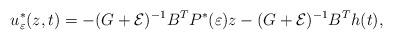
LaTeX: \begin{align*} u^{*}_{\varepsilon}(z,t) = -(G+\mathcal{E})^{-1}B^{T}P^{*}(\varepsilon)z -(G+\mathcal{E})^{-1}B^{T}h(t),\end{align*}